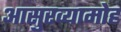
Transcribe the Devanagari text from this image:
आसुरव्यामोह